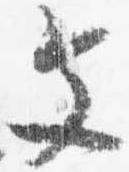
文